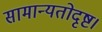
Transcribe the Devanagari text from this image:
सामान्यतोदृष्ट।